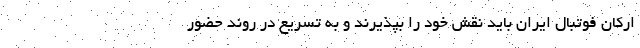
ارکان فوتبال ایران باید نقش خود را بپذیرند و به تسریع در روند حضور